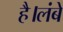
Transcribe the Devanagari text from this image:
है।लंबे